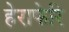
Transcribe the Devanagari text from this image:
हेराफेरि